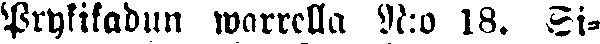
Prylikadun warrella N:o 18. Si-